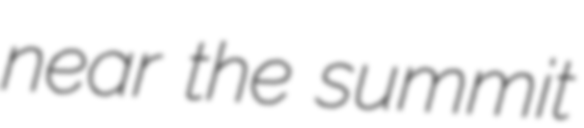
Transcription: near the summit